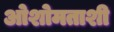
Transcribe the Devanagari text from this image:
ओशोमताशी